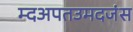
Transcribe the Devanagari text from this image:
म्दअपतउमदजंस